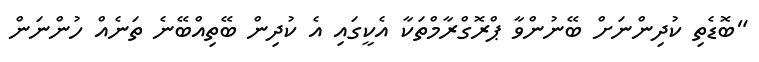
"ބޮޑެތި ކުދިންނަށް ބޭނުންވާ ޕްރޮގްރާމްތަކާ އެކީގައި އެ ކުދިން ބޭތިއްބޭނެ ތަނެއް ހުންނަން